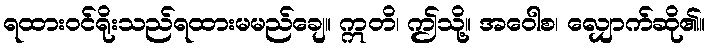
ရထားဝင်ရိုးသည်ရထားမမည်ချေ။ ဣတိ၊ ဤသို့။ အဝေါစ၊ လျှောက်ဆို၏။